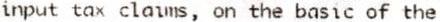
INPUT TAX CLAIMS, ON THE BASIC OF THE